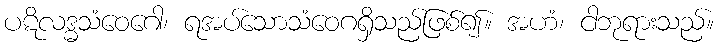
ပဋိလဒ္ဓသံဝေဂေါ၊ ရအပ်သောသံဝေဂရှိသည်ဖြစ်၍။ အဟံ၊ ငါဘုရားသည်။